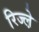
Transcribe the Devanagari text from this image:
रिज्ल़े